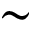
\sim